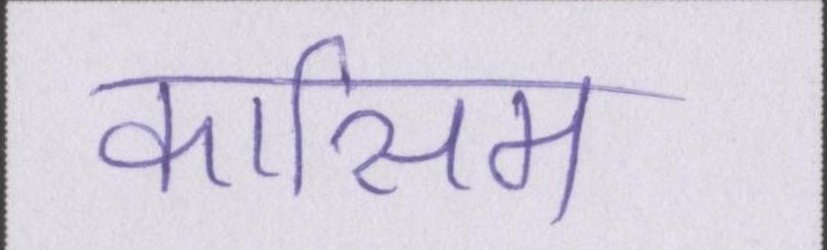
कासिम